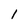
Character: 1